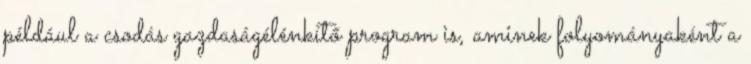
például a csodás gazdaságélénkítő program is, aminek folyományaként a